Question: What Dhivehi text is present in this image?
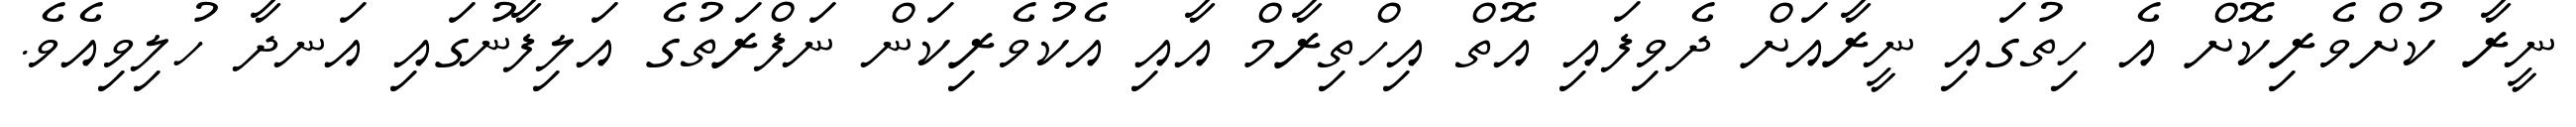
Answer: ނީރާ ކުށްވެރިކޮށް އެ ހިތުގައި ނީރާއަށް ދެވިފައި އޮތް އިހްތިރާމް އާއި އެކުވެރިކަން ނަފްރަތުގެ އަލިފާނުގައި އަނދާ ހުލިވިއެވެ.